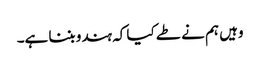
وہیں ہم نے طے کیا کہ ہندو بننا ہے۔